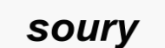
soury